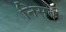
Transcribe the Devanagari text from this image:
निसब